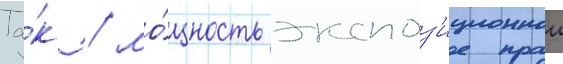
Та́к / мо́щность экспоз'иционнои